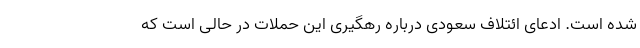
شده است. ادعای ائتلاف سعودی درباره رهگیری این حملات در حالی است که